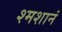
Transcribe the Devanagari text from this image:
श्मशानं